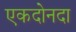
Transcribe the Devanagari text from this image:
एकदोनदा